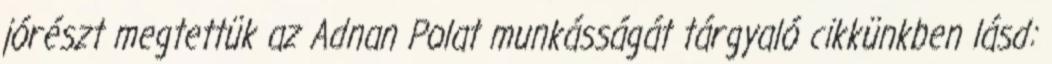
jórészt megtettük az Adnan Polat munkásságát tárgyaló cikkünkben lásd: